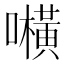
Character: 𱕟